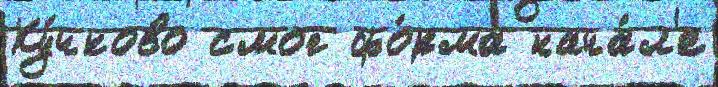
Ку́чково смог фо́рма нача́л'е